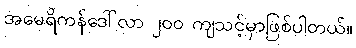
အမေရိကန်ဒေါ်လာ ၂၀၀ ကျသင့်မှာဖြစ်ပါတယ်။